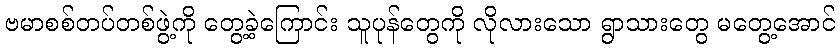
ဗမာစစ်တပ်တစ်ဖွဲ့ကို တွေ့ခဲ့ကြောင်း သူပုန်တွေကို လိုလားသော ရွာသားတွေ မတွေ့အောင်